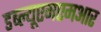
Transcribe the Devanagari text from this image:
डब्ल्यूएमएमआर